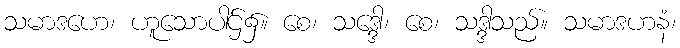
သမာဒဟေ၊ ဟူသောပါဌ်၌။ စေ၊ သဒ္ဒေါ၊ စေ၊ သဒ္ဒါသည်။ သမာဒဟနံ၊